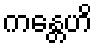
ကန္တေဟိ